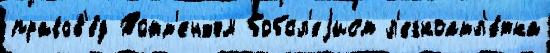
правов'е́д Тотт'енхэм бобсл'еjист л'егкоатл'е́тка